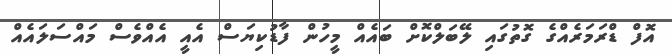
އޮފް ޑްރަމަރެއްގެ ގޮތުގައި ލޭބަލްކޮށް ބައެއް މީހުން ފާޑުކިޔަސް އެއީ އެއްވެސް މައްސަލައެއް